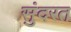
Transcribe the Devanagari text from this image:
सुंदरत